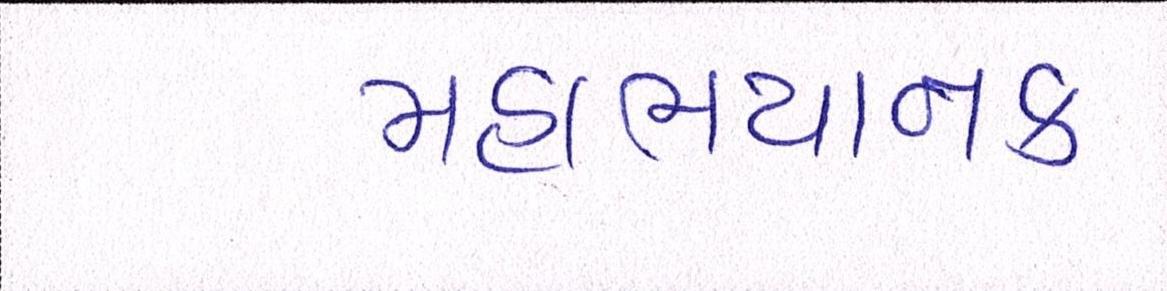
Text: મહાભયાનક